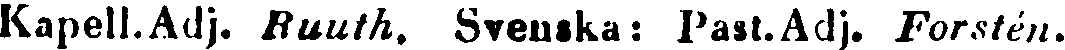
Kapell.Adj. Ruuth. Svenska: Past.Adj. Forstén.